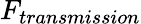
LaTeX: F_{transmission}